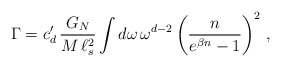
\begin{align*}\Gamma = c'_d \, \frac{G_N}{M \, \ell_s^2} \int d \omega \, \omega^{d-2} \left( \frac{n}{e^{\beta n} - 1} \right)^2 \, , \end{align*}